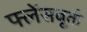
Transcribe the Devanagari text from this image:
फ्लेंसबूर्क